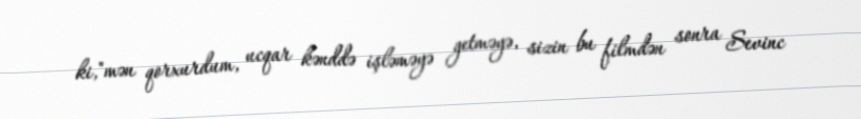
ki,"mən qorxurdum, ucqar kənddə işləməyə getməyə, sizin bu filmdən sonra Sevinc